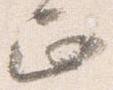
正